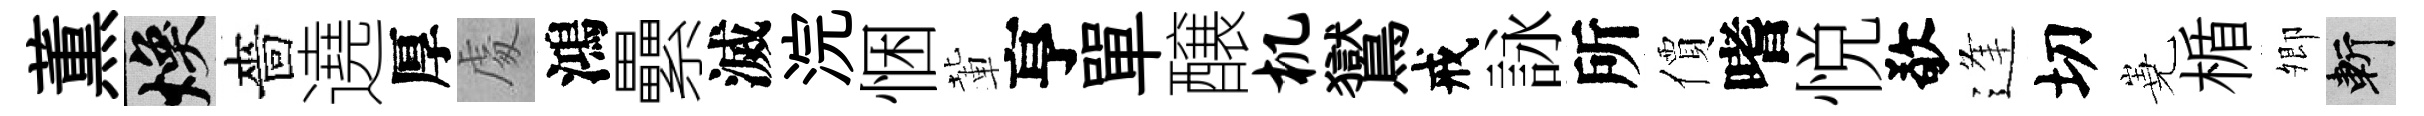
薫焕嗇遶厚䖏鴻纍滅浣悃輩亨單醸机鸑戒詠所價嗜悦敬逢切嶤楯𡖖斬